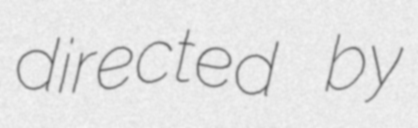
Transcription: directed by